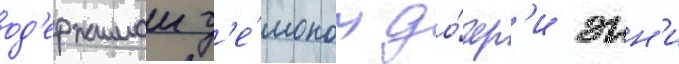
од'ержимои д'е́моном до́чер'и энн'и